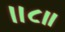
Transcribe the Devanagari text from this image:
।।८॥